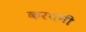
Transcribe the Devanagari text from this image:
करथनी